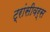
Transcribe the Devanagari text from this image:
ट्रांसीवर्स